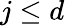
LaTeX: j\le d